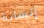
إنسانة